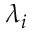
\lambda _ { i }